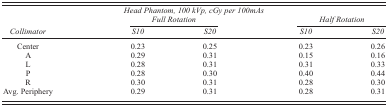
<table><thead><tr><td colspan="5"><b><i>Head Phantom, 100 kVp, cGy per 100mAs</i></b></td></tr><tr><td></td><td colspan="2"><b><i>Full Rotation</i></b></td><td colspan="2"><b><i>Half Rotation</i></b></td></tr></thead><tbody><tr><td><i>Collimator</i></td><td><i>S10</i></td><td><i>S20</i></td><td><i>S10</i></td><td><i>S20</i></td></tr><tr><td>Center</td><td>0.23</td><td>0.25</td><td>0.23</td><td>0.26</td></tr><tr><td>A</td><td>0.29</td><td>0.31</td><td>0.15</td><td>0.16</td></tr><tr><td>L</td><td>0.28</td><td>0.31</td><td>0.31</td><td>0.33</td></tr><tr><td>P</td><td>0.28</td><td>0.30</td><td>0.40</td><td>0.44</td></tr><tr><td>R</td><td>0.30</td><td>0.31</td><td>0.28</td><td>0.30</td></tr><tr><td>Avg. Periphery</td><td>0.29</td><td>0.31</td><td>0.28</td><td>0.31</td></tr></tbody></table>